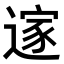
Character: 𮞼